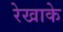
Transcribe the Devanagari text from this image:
रेखाके